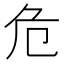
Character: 危